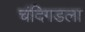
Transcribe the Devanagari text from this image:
चंदिगडला